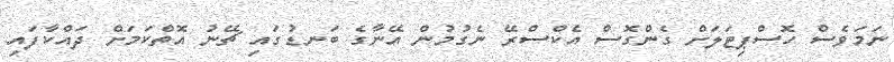
ނަމަވެސް ހޮސްޕިޓަލަށް ގެންގޮސް އެކްސްރޭ ނެގުމުން އޭނާގެ ބަނޑުގައި ޗޭނު އޮތްކަމަށް ދައްކާފައި